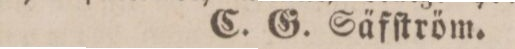
C. G. Säfſtröm.